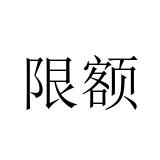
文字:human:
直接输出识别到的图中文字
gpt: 限额